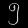
Digit: ၅